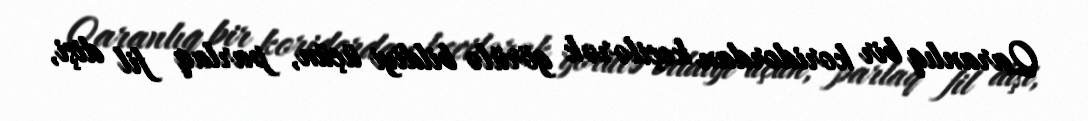
Qaranlıq bir koridordan keçilərək görülə bildiyi üçün, parlaq fil dişi,